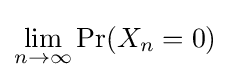
\lim _{n\to \infty }\Pr(X_{n}=0)